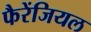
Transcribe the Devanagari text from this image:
फैरेंजियल